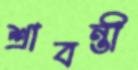
শ্রাবন্তী